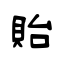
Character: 貽